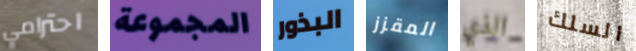
احترامي المجموعة البذور المقزز الذي السلك